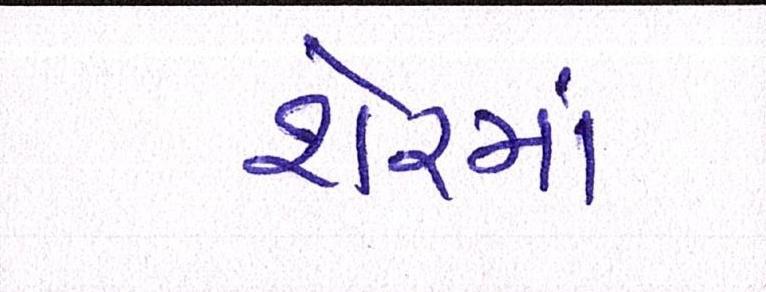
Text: શેરમાં